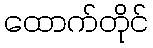
ထောက်တိုင်